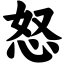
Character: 怒